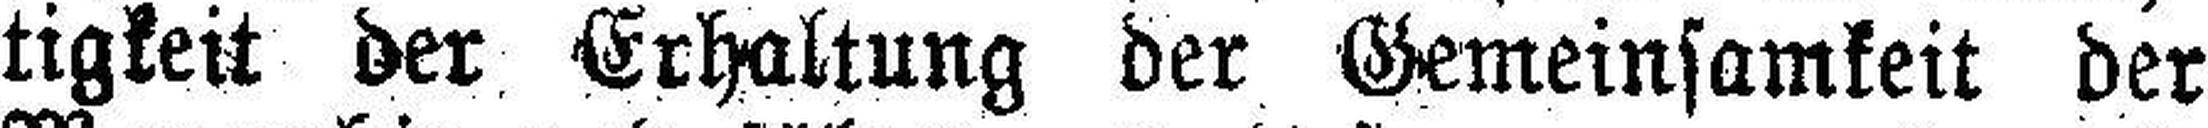
tigkeit der Erhaltung der Gemeinsamkeit der